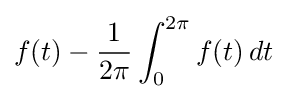
f(t)-{\frac {1}{2\pi }}\int _{0}^{2\pi }f(t)\,dt